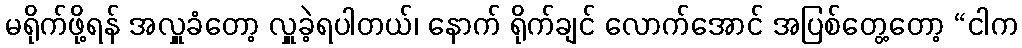
မရိုက်ဖို့ရန် အလှူခံတော့ လှူခဲ့ရပါတယ်၊ နောက် ရိုက်ချင် လောက်အောင် အပြစ်တွေ့တော့ “ငါက